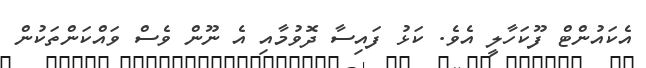
އެކައުންޓް ފޫކަހާލީ އެވެ. ކަޅު ފައިސާ ދޮވުމާއި އެ ނޫން ވެސް ވައްކަންތަކުން